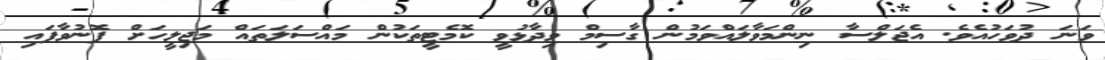
ވަނަ ދުވަހުއެވެ. އެޖަލްސާ ނިންމަވާލައްވަމުން ގާސިމް ވިދާޅުވީ ކޮމެޓީތަކުން މައްސަލަތައް މަޖިލީހަށް ފޮނުވާފައި